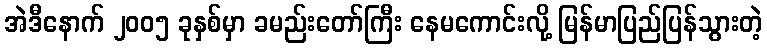
အဲဒီနောက် ၂၀၀၅ ခုနှစ်မှာ ခမည်းတော်ကြီး နေမကောင်းလို့ မြန်မာပြည်ပြန်သွားတဲ့